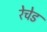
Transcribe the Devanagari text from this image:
रेचेड